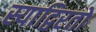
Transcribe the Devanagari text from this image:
स्याद्विरतो